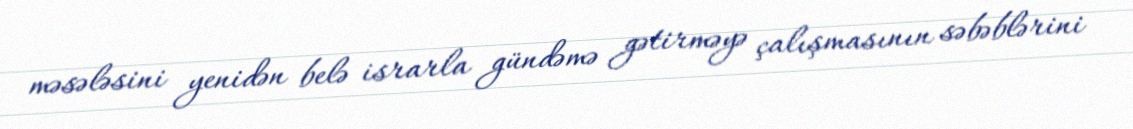
məsələsini yenidən belə israrla gündəmə gətirməyə çalışmasının səbəblərini